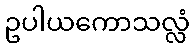
ဥပါယကောသလ္လံ